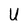
Character: U